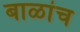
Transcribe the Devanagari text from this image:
बाळांच